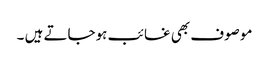
موصوف بھی غائب ہوجاتے ہیں ۔